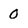
Character: 0